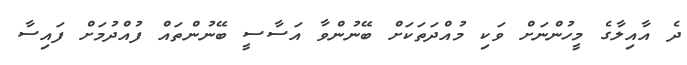
ދެ އާއިލާގެ މީހުންނަށް ވަކި މުއްދަތަކަށް ބޭނުންވާ އަސާސީ ބޭނުންތައް ފުއްދުމަށް ފައިސާ